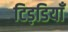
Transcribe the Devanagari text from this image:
टिड़डियाँ